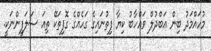
މުހައްމަދު ބިން ޢަބްދުލް ވައްހާބު ކިޔާ ފިތުނައިގެ ގަހެއްގެ ގޮފިތަކޭ ތިއަ ސަލަފީންނަކީ.